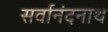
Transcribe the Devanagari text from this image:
सर्वानंदनाथ